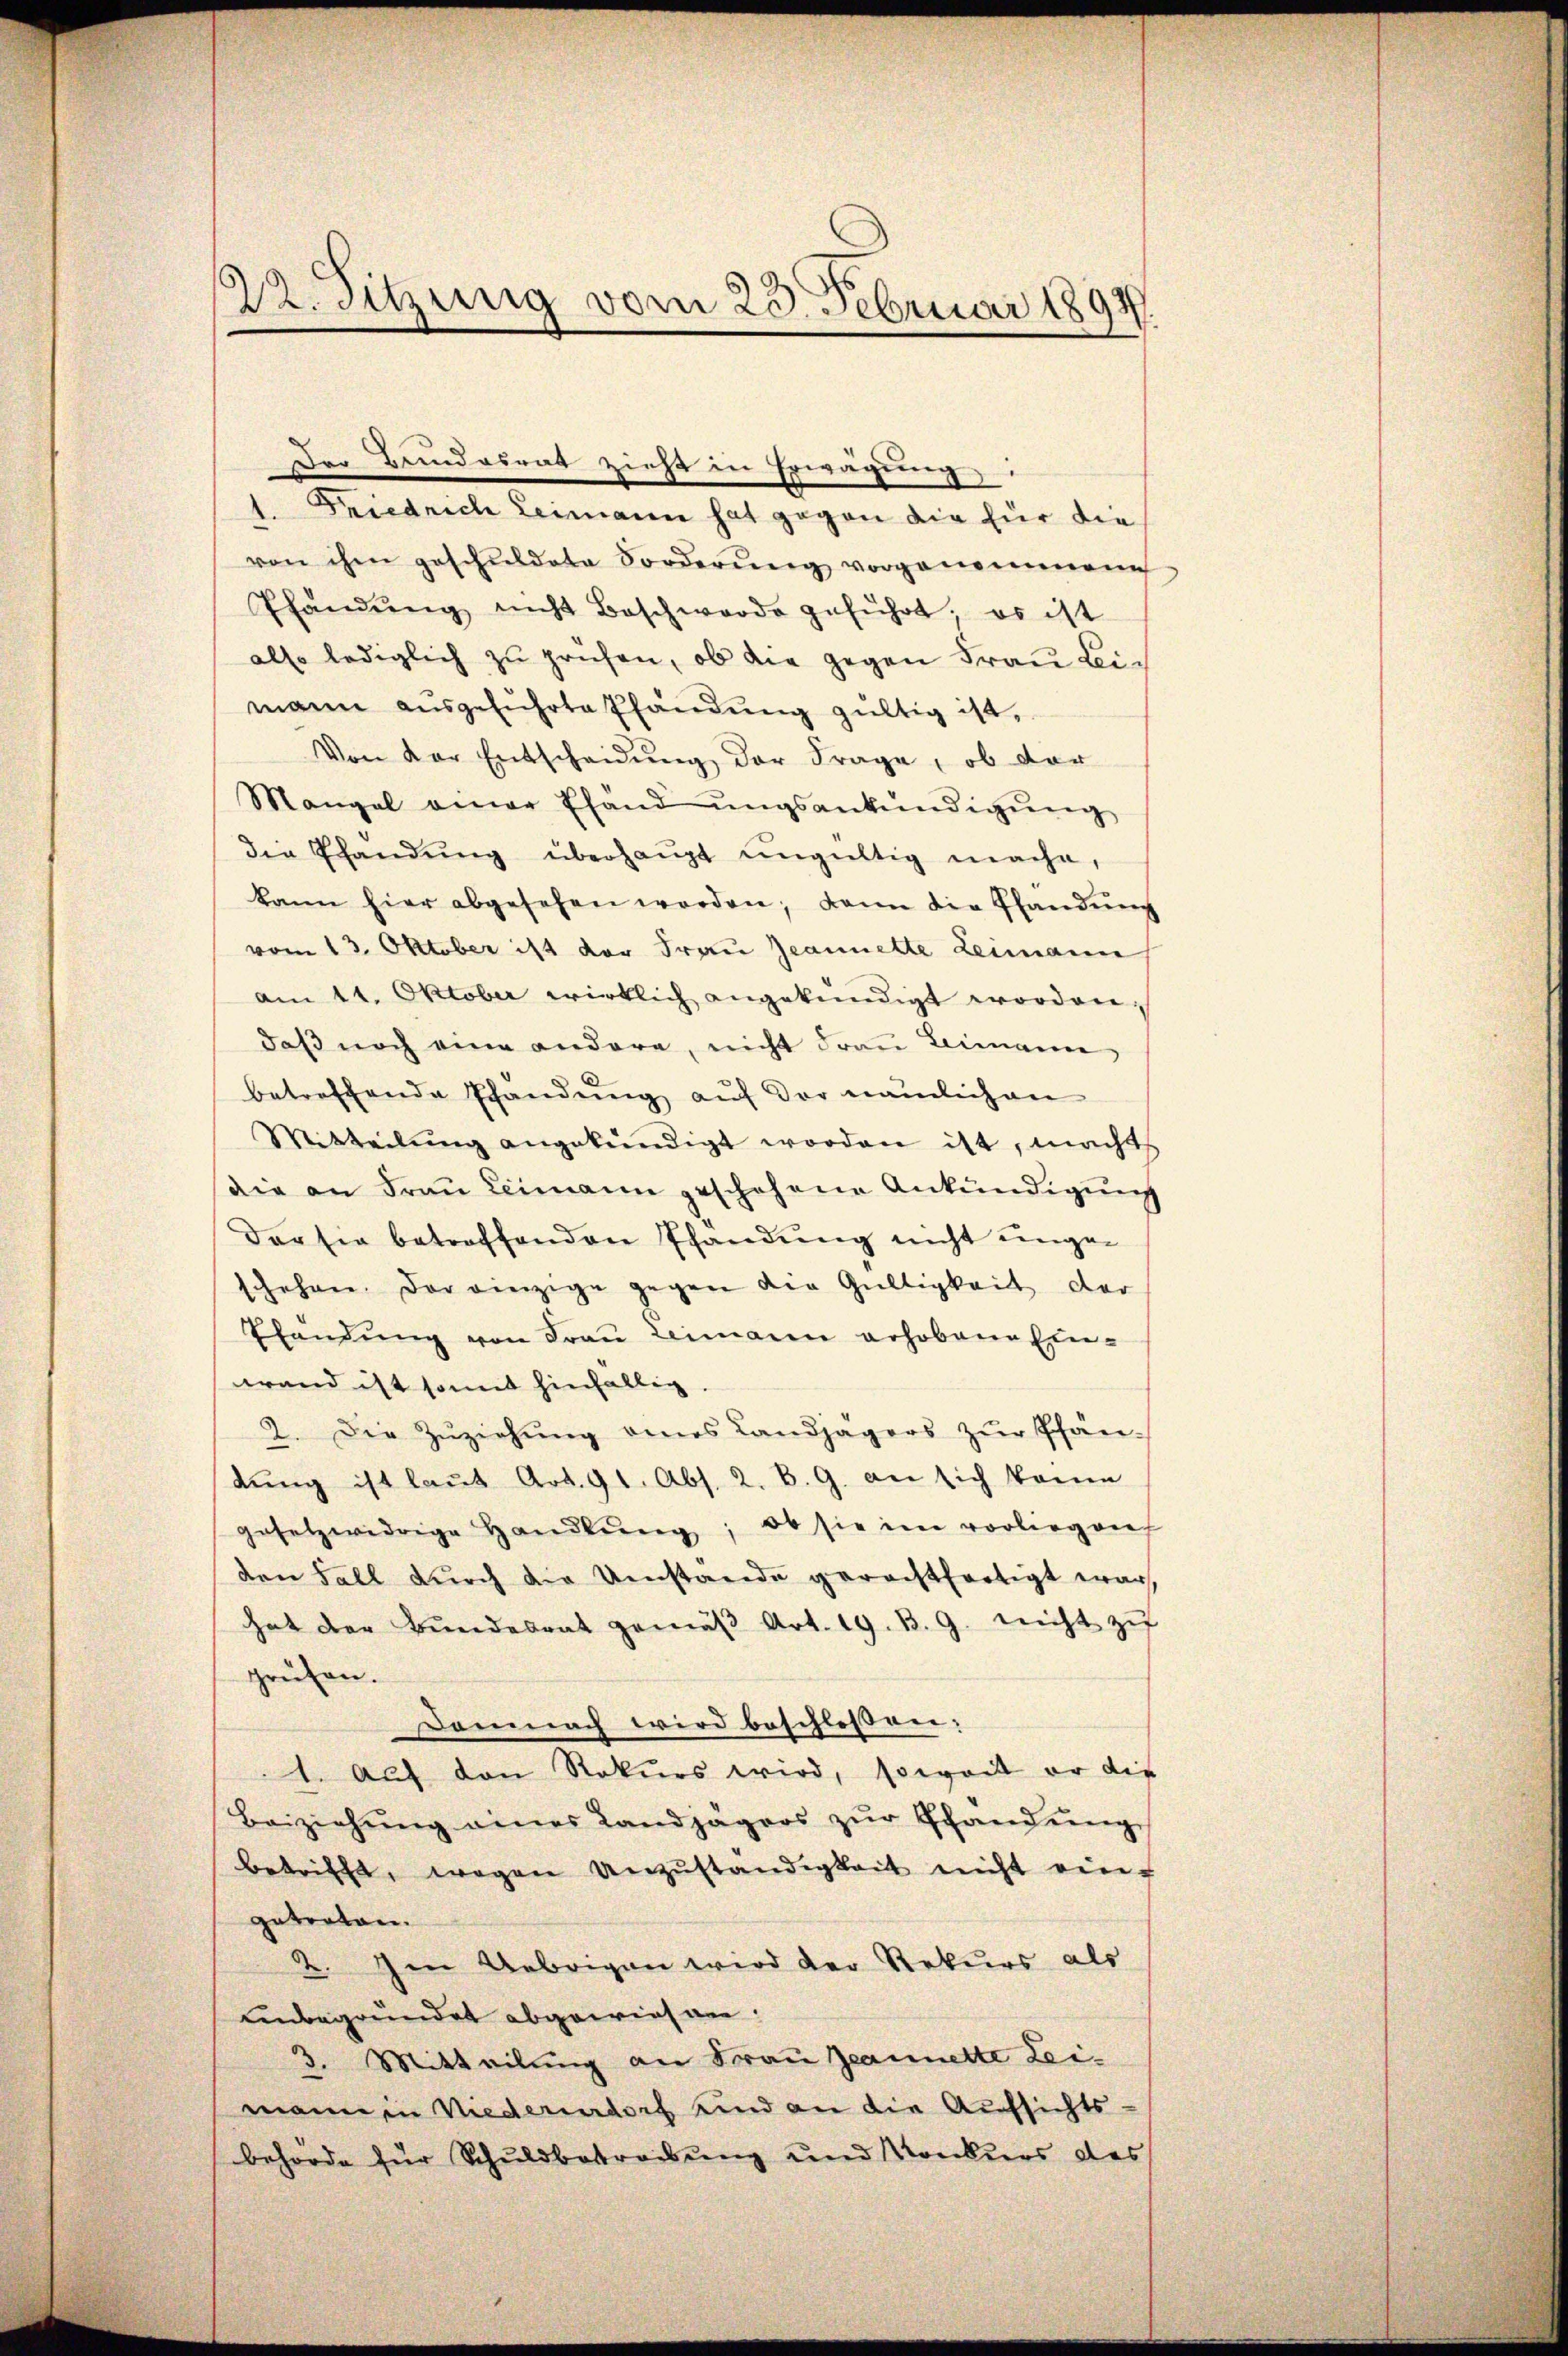
Friedrich Leimann hat gegen die für die
von ihm geschuldete Forderŭng vorgenommene
Pfandŭng nicht Beschwerde geführt, es ist
also lediglich zŭ prüfen, ob die gegen Frau Leimann ausgeführte Pfändung gültig ist,
Von der Entscheidŭng der Frage, ob der
Mangel einer Pfand ungsankündigung
die Pfandŭng überhaŭpt ŭngültig mache,
kann hier abgesehen werden; dann die Pfandŭng
vom 13. Oktober ist der Frau Jeannerte Leimann
am 11. Oktober wirklich angekündigt worden.
daβ noch eine andere, nicht Frau Leimanne
betreffende Pfandŭng aŭf der nämlichen
Mitteilŭng angekündigt worden ist, machts
die an Frau Leimann geschehene Ankündigung
Der sie betreffenden Pfandung nicht unge-
schehen der einzige gegen die Gültigkeit der
Elendung von Frau Leimann erhobene Einwand ist somit hinfällig.
2. Die Zŭziehŭng eines Landjägers zŭr Pfän-
dŭng ist laŭt Art. 91. Abs. 2. B. G. an sich kann
gesetzwidrige Handlŭng, ob sie im vorliegen
den Fall durch die Umstände gerechtfertigt war,
hat der Bŭndesrat gemäβ Art. 19. B. G. nicht zŭ
prüfen.
Demnach wird beschlossen:
1. Auf den Rekurs wird, soweit er die
Beiziehŭng eines Landjägers zŭr Schandŭng
betrifft, wegen Unzuständigkeit nicht auf
getreten.
2. Im Uebrigen wird der Rekurs als
unbegründet abgewiesen.
3. Mitteilung an Frau Jeannette Leimann in Niederendorf und an die Aufsichts-
behörde für Schuldbetreibung und Konkurs des

22. Sitzung vom 23. Februar 1897.

Der Bundesrat zieht in Erwägung